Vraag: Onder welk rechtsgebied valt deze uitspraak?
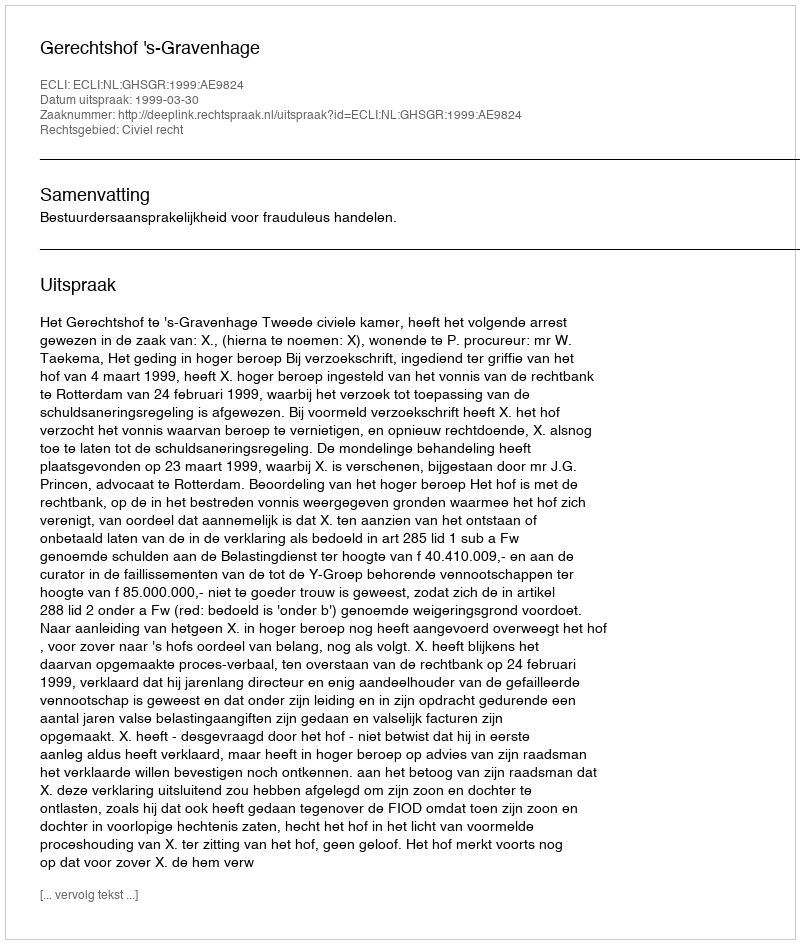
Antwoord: Civiel recht